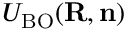
{ \cal U } _ { \mathrm { B O } } ( { \bf R , n } )